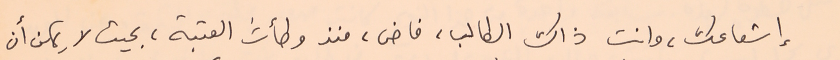
إشعاعك، وانت ذاك الطالب، فاض، منذ وطأتَ العتبة، بحيث لا يمكن أن